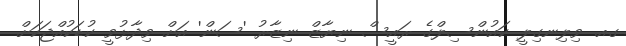
ގއ. ވިލިނގިލީ ކައުންސިލްގެ ރައީސް ނިޔާޒް ނިޒާރު 'ސަން' އަށް ވިދާޅުވީ ކުޑަކުއްޖަކަށް